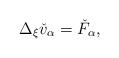
LaTeX: \begin{align*}\Delta_\xi \check{v}_\alpha=\check{F}_\alpha,\end{align*}